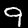
Label: 9